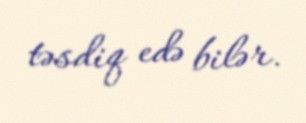
təsdiq edə bilər.